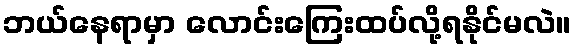
ဘယ်နေရာမှာ လောင်းကြေးထပ်လို့ရနိုင်မလဲ။